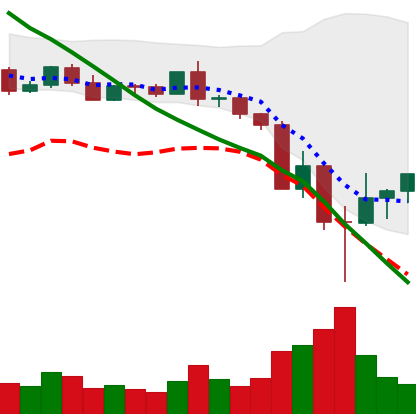
Ticker: BNB-USD
Chart end date: 2022-05-15
Forward return: -3.092%
Label: down_3_5